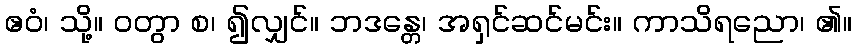
ဧဝံ၊ သို့။ ဝတွာ စ၊ ၍လျှင်။ ဘဒန္တေ၊ အရှင်ဆင်မင်း။ ကာသိရညော၊ ၏။